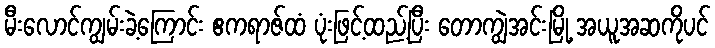
မီးလောင်ကျွမ်းခဲ့ကြောင်း ဧကရာဇ်ထံ ပုံးဖြင့်ထည့်ပြီး တောကျွဲအင်းမြို့ အယူအဆကိုပင်